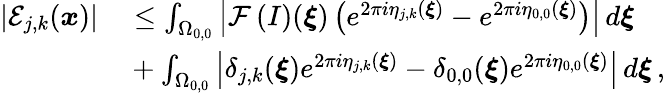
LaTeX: \begin{array}{rl}{\left\vert\mathcal{E}_{j,k}(\boldsymbol{x})\right\vert}&{{}\leq\int_{\Omega_{0,0}}\left\vert\mathcal{F}\left(I\right)(\boldsymbol{\xi})\left(e^{2\pi i\eta_{j,k}(\boldsymbol{\xi})}-e^{2\pi i\eta_{0,0}(\boldsymbol{\xi})}\right)\right\vert\, d\boldsymbol{\xi}}\\ {\qquad}&{{}+\int_{\Omega_{0,0}}\left\vert\delta_{j,k}(\boldsymbol{\xi})e^{2\pi i\eta_{j,k}(\boldsymbol{\xi})}-\delta_{0,0}(\boldsymbol{\xi})e^{2\pi i\eta_{0,0}(\boldsymbol{\xi})}\right\vert\, d\boldsymbol{\xi}\, ,}\end{array}